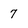
Character: 7